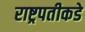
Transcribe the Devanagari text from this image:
राष्ट्रपतीकडे